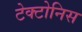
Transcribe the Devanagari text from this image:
टेक्टोनिस